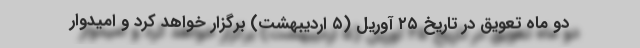
دو ماه تعویق در تاریخ ۲۵ آوریل (۵ اردیبهشت) برگزار خواهد کرد و امیدوار